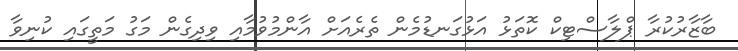
ބާޒާރުކުރާ ޕްލާސްޓިކް ކޮތަޅު އަޅުގަނޑުމެން ތެރެއަށް އާންމުވުމާއި ވިދިގެން މަގު މަތީގައި ކުނިވާ